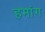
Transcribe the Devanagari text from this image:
हमांग